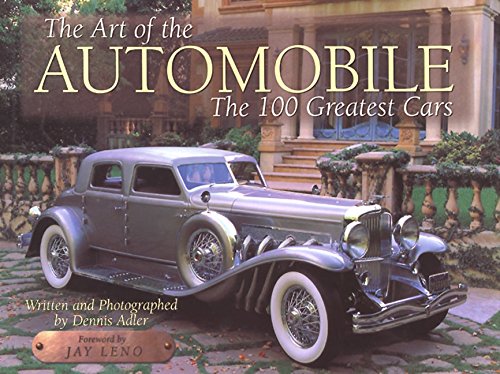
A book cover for The Art of the Automobile: The 100 Greatest Cars; Dennis Adler; Engineering & Transportation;